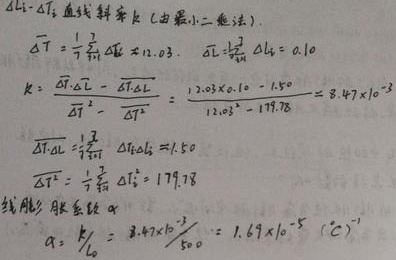
\(\Delta L - \Delta T\)直线斜率\(k\)（由最小二乘法）。

\[
\begin{align*}
\overline{\Delta T}&=\frac{1}{n}\sum_{i = 1}^{n}\Delta T_i = 12.03\\
\overline{\Delta L}&=\frac{1}{n}\sum_{i = 1}^{n}\Delta L_i = 0.10\\
k&=\frac{\overline{\Delta T}\cdot\overline{\Delta L}-\overline{\Delta T\Delta L}}{\overline{\Delta T}^{2}-\overline{\Delta T^{2}}}=\frac{12.03\times0.10 - 1.50}{12.03^{2}-119.78}= 8.47\times10^{-3}\\
\overline{\Delta T\Delta L}&=\frac{1}{n}\sum_{i = 1}^{n}\Delta T_i\Delta L_i = 1.50\\
\overline{\Delta T^{2}}&=\frac{1}{n}\sum_{i = 1}^{n}\Delta T_{i}^{2}=119.78
\end{align*}
\]

线膨胀系数\(\alpha\)：

\[
\alpha=\frac{k}{L_0}= \frac{8.47\times10^{-3}}{500}=1.69\times10^{-5}\ (\text{°C}^{-1})
\]